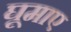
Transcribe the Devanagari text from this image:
घूमाए